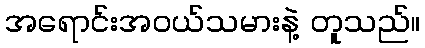
အရောင်းအဝယ်သမားနဲ့ တူသည်။